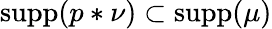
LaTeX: \textrm{supp}(p\ast\nu)\subset\textrm{supp}(\mu)